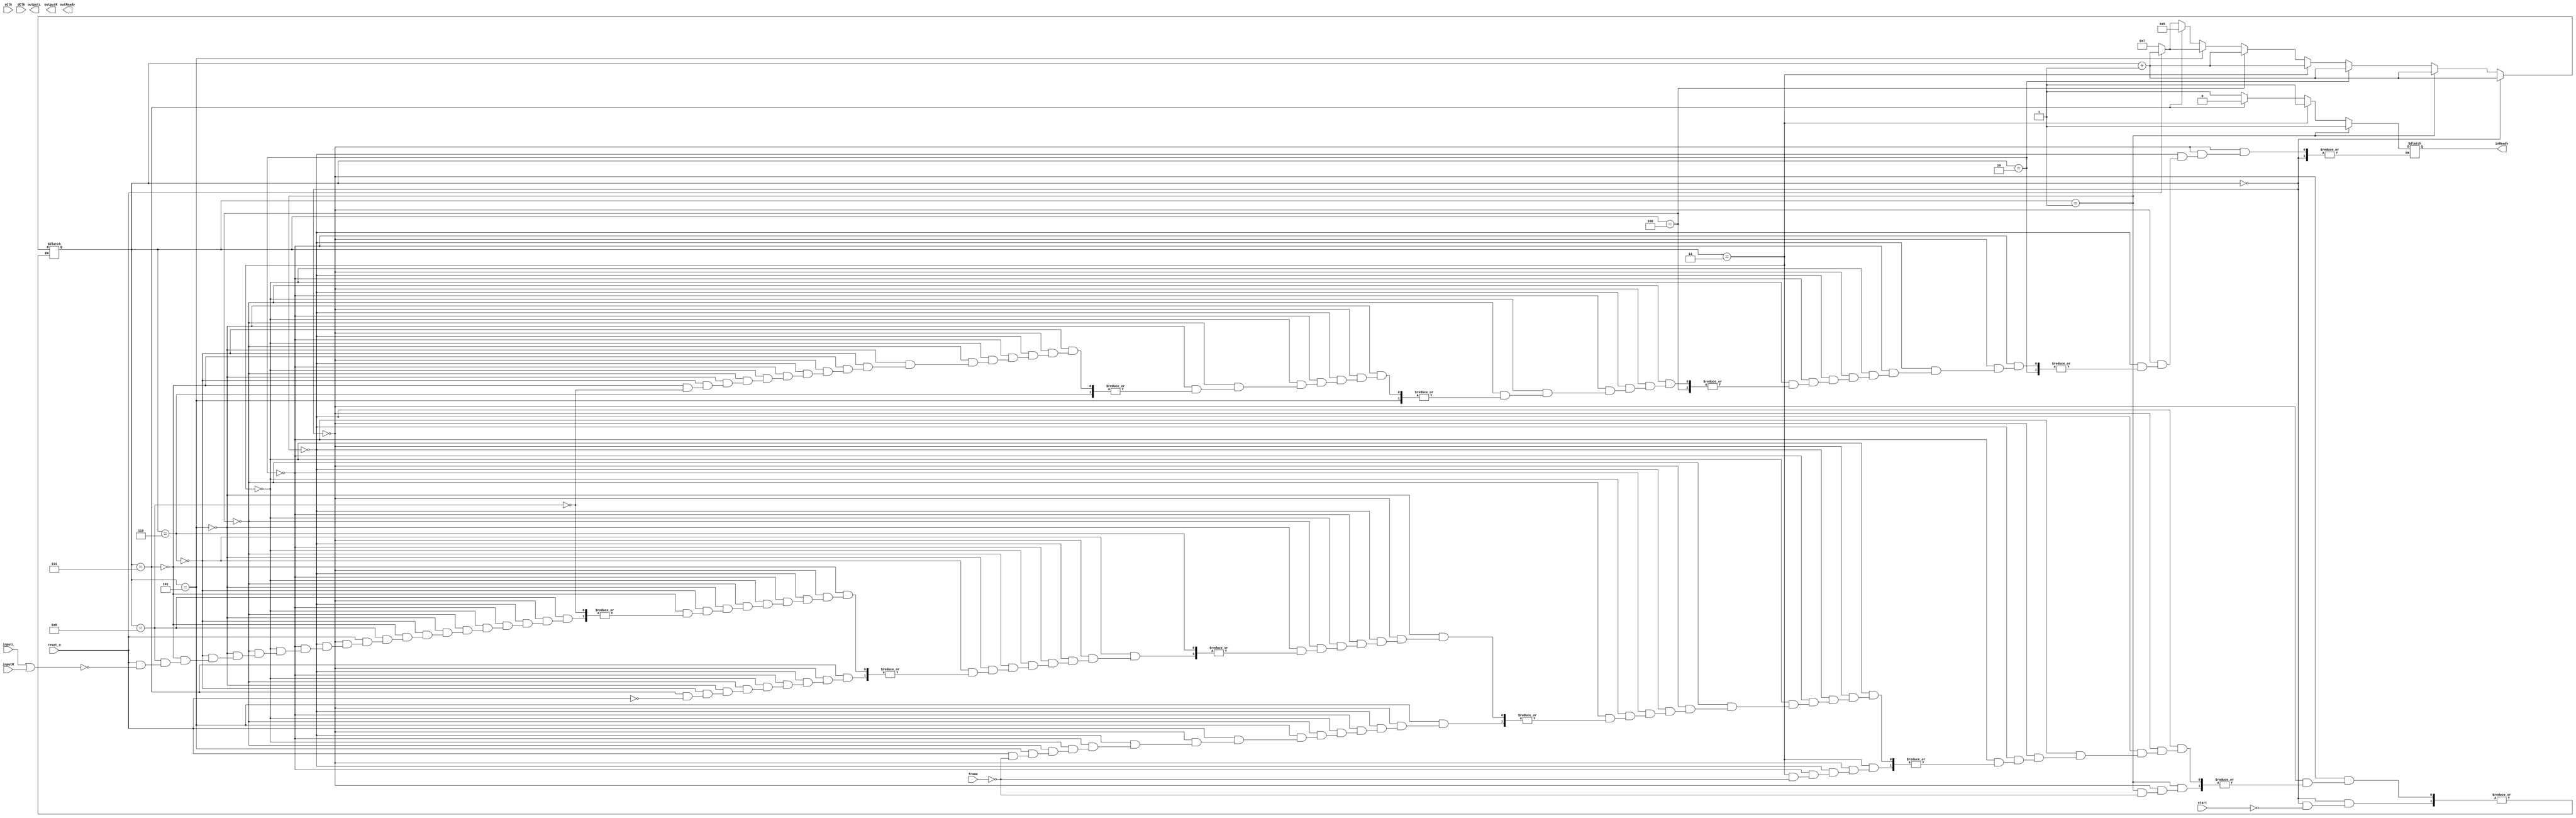
module MSDAP(
    input sClk,
    input dClk,
    input start,
    input reset_n,
    input frame,
    input inputL,
    input inputR,
    output reg inReady,
    output reg outReady,
    output reg outputL,
    output reg outputR
    );
    
    //State memory
    reg [0:4] state = 4'b0000;
    
    //Registers
    reg [7:0] rj [15:0];        //16 Rj
    reg [15:0]coeff [0:511];    //512 coeff
    reg [15:0]data [0:1499];    //1500 data
    
    always begin
    
        // State 0, Initialization
        if(state == 4'b0000) begin
            
            if(start) begin
                //Clear all registers
                state = state + 1;  //Next state is state 1
            end
        
        end
        
        //State 1, Wait to recieve Rj
        else if(state == 4'b0001) begin
        
            inReady = 1'b1;
            if(frame)
                state = state + 1;  //Next state is state 2
        
        end
        
        //State 2, Read Rj
        else if(state == 4'b0010) begin
        
            //Read Rj values
            state = state + 1;  //Next state is state 3
        
        end
        
        //State 3, Wait to recieve Coefficient
        else if(state == 4'b0011) begin
        
            inReady = 1'b1;
            if(frame)
                state = state + 1;  //Next state is state 4
        
        end
        
        //State 4, Reading coefficient
        else if(state == 4'b0100) begin
        
            //Read coefficients
            state = state + 1;  //Next state is state 5
        
        end
        
        //State 5, Waiting to recieve data
        else if(state == 4'b0101) begin
        
            if(!reset_n)            //If reset is low
                state = 4'b0111;    //Nest state is state 7
            else if(frame)
                state = state + 1;  //Next state is state 6
        
        end
        
        //State 6, Working mode 
        else if(state == 4'b0110) begin
        
            //Computation done here
        
        end
        
        //State 7, Clearing mode
        else if(state == 4'b0111) begin
        
            inReady = 0;
            //Clear all registers except Rj and coefficients
            if(reset_n)             //If reset is not low, proceed to state 5. Else repeat state 7.
                state = 4'b0101;    //Next state is state 5
        
        end
        
        //State 8, Sleeping mode
        else if(state == 4'b1000) begin
        
            inReady = 1;
            if(!reset_n)                //If reset is low
                state = 4'b0111;        //Nest state is state 7
            else if(inputL || inputR)   //If any nonzero input detected
                state = state + 1;      //Next state is state 6
        
        end
    
    end
    
endmodule